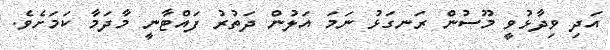
އަދި ވިދާޅުވީ މޫސުން ރަނގަޅު ނަމަ އަލުން ދަތުރު ފައްޓާނީ މާދަމާ ކަމަށެވެ.